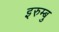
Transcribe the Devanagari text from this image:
इरुम्बु